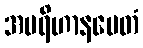
အပရိဟာနမေတံ